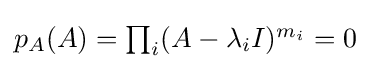
{\textstyle p_{A}(A)=\prod _{i}(A-\lambda _{i}I)^{m_{i}}=0}